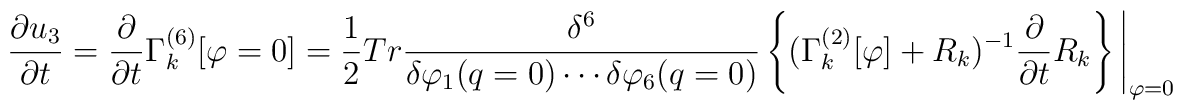
\frac{\partial{u_3}}{\partial{t}}=\frac{\partial}{\partial{t}}\Gamma_{k}^{(6)}[\varphi=0]=\frac{1}{2}{T}{r}\frac{\delta^6}{\delta\varphi_1(q=0)\cdots\delta\varphi_6(q=0)}\left\{(\Gamma_{k}^{(2)}[\varphi]+{R}_{k})^{-1}\frac{\partial}{\partial{t}}{R}_{k}\right\}\Bigg\vert_{\varphi=0}